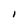
Character: I